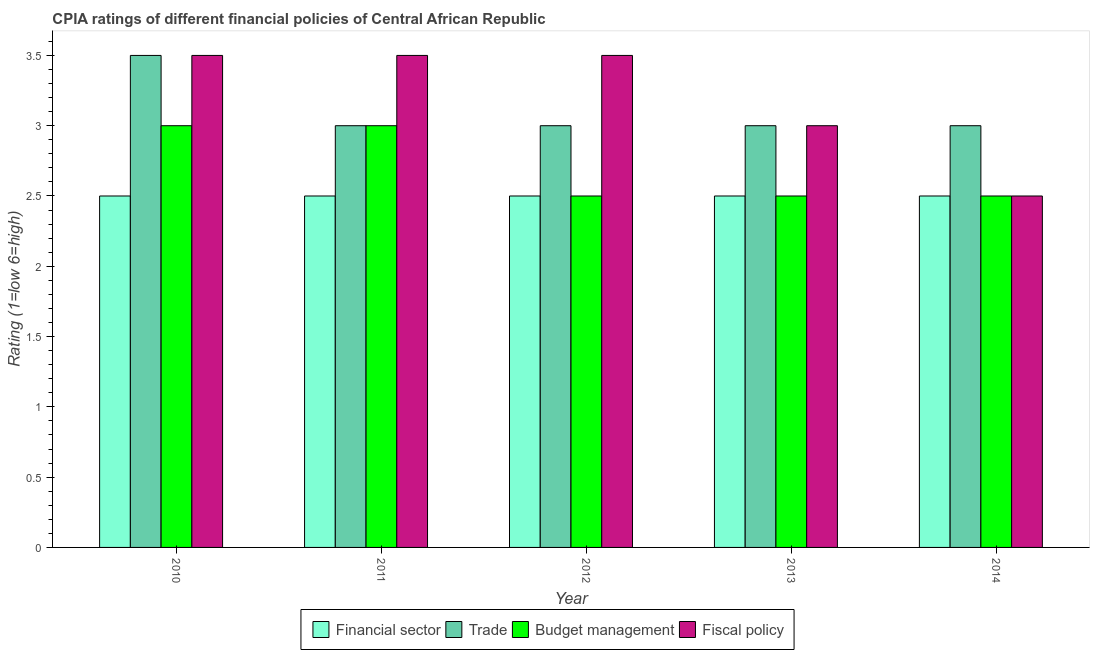
| Year | Financial sector | Trade | Budget management | Fiscal policy |
 | --- | --- | --- | --- | --- |
 | 2010 | 2.5 | 3.5 | 3 | 3.5 |
 | 2011 | 2.5 | 3 | 3 | 3.5 |
 | 2012 | 2.5 | 3 | 2.5 | 3.5 |
 | 2013 | 2.5 | 3 | 2.5 | 3 |
 | 2014 | 2.5 | 3 | 2.5 | 2.5 |